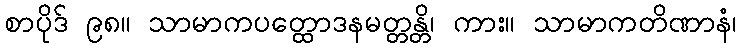
စာပိုဒ် ၉၈။ သာမာကပတ္ထောဒနမတ္တန္တိ၊ ကား။ သာမာကတိဏာနံ၊